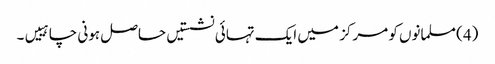
(4) مسلمانوں کو مرکز میں ایک تہائی نشستیں حاصل ہونی چاہییں۔